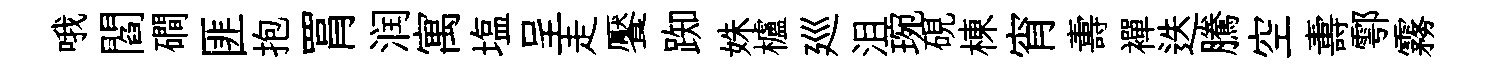
哦閻磵匪抱罥润寓塩呈走饜踟姝櫨廵沮琬硯棟宵夀襌迭騰空夀鄠霧